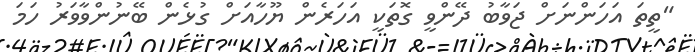
"ތީތަ އަހަންނަށް ޖަވާބު ދޭންވީ ގޮތަކީ އަހަރެން ޔޫހާއަށް ގުޅެން ބޭނުންވާވަރު ހަމަ